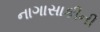
નાગાસાકીની